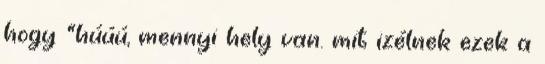
hogy "húúú, mennyi hely van. mit izélnek ezek a